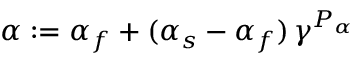
\alpha : = \alpha _ { f } + ( \alpha _ { s } - \alpha _ { f } ) \, \gamma ^ { P _ { \alpha } }